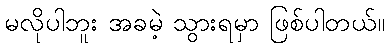
မလိုပါဘူး အခမဲ့ သွားရမှာ ဖြစ်ပါတယ်။